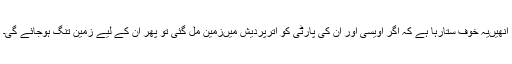
انھیںیہ خوف ستارہا ہے کہ اگر اویسی اور ان کی پارٹی کو اترپردیش میںزمین مل گئی تو پھر ان کے لیے زمین تنگ ہوجائے گی۔